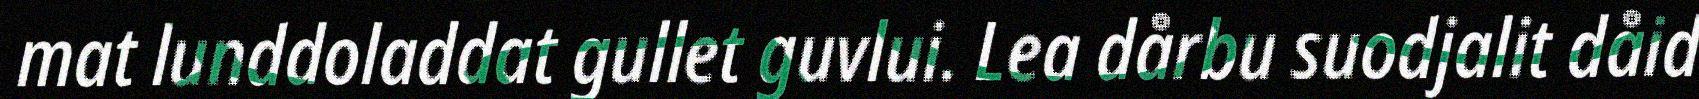
mat lunddoladdat gullet guvlui. Lea dårbu suodjalit dåid